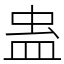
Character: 蛊